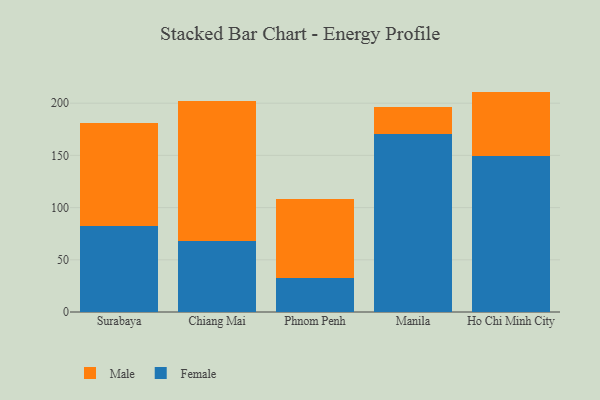
{"axis": {"x": "City", "y": "Revenue (USD Million)"}, "legend": ["Female", "Male"], "data": [{"x": "Surabaya", "y": 82.3, "type": "Female"}, {"x": "Surabaya", "y": 98.6, "type": "Male"}, {"x": "Chiang Mai", "y": 68.1, "type": "Female"}, {"x": "Chiang Mai", "y": 134.4, "type": "Male"}, {"x": "Phnom Penh", "y": 32.2, "type": "Female"}, {"x": "Phnom Penh", "y": 75.8, "type": "Male"}, {"x": "Manila", "y": 170.5, "type": "Female"}, {"x": "Manila", "y": 25.7, "type": "Male"}, {"x": "Ho Chi Minh City", "y": 149.3, "type": "Female"}, {"x": "Ho Chi Minh City", "y": 61.8, "type": "Male"}]}